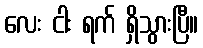
လေး ငါး ရက် ရှိသွားပြီ။